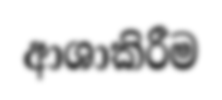
ආශාකිරීම